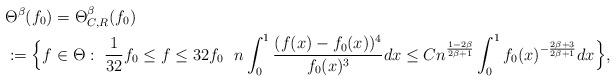
LaTeX: \begin{align*}&\Theta^\beta(f_0) =\Theta_{C,R}^\beta(f_0) \\&:= \Big\{ f\in \Theta: \ \frac{1}{32}f_0 \leq f \leq 32 f_0\ \ n \int_0^1 \frac{(f(x) -f_0(x))^4}{ f_0(x)^3} dx\leq C n^{\frac{1-2\beta}{2\beta+1}} \int_0^1 f_0(x)^{-\frac{2\beta+3}{2\beta+1}}dx \Big\},\end{align*}